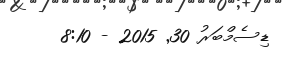
ޑިސެމްބަރު 30